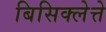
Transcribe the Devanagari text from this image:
बिसिक्लेत्ते